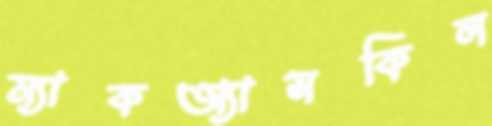
ম্যাকঅ্যাসকিল